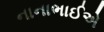
નાનાભાઈએ